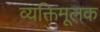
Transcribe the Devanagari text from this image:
व्यक्तिमूलक